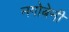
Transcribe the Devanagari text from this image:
नगोबेनी